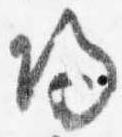
帰